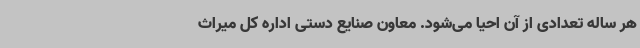
هر ساله تعدادی از آن احیا می‌شود. معاون صنایع دستی اداره کل میراث